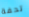
تحفة